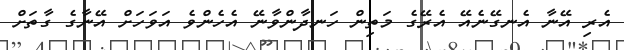
އެރި އޭނާ އެނގޭނެއޭ އެރޭގެ މަތިން ހަނދާންވާނޭ އެހެންވެ އަވަހަށް އޭނާގެ ގާތަށް